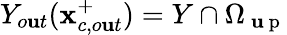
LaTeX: Y_{o\mathbf{u}t}(\mathbf{{x}}_{c,o\mathbf{u}t}^{+})=Y\cap{\Omega}_{\mathrm{{~\mathbf{u}~p~}}}